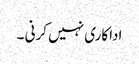
اداکاری نہیں کرنی ۔